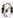
0